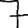
Digit: 7